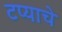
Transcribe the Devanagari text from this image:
टप्याचे